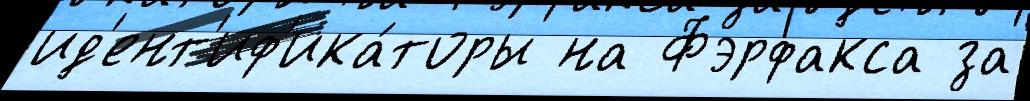
ид'ент'иф'ика́торы на Фэрфакса за